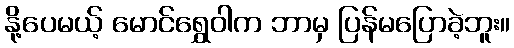
နို့ပေမယ့် မောင်ရွှေဝါက ဘာမှ ပြန်မပြောခဲ့ဘူး။